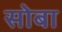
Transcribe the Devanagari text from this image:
सोबा